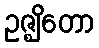
ဥဇ္ဈိတော